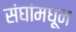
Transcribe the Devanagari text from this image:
संघांमधून